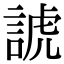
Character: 諕